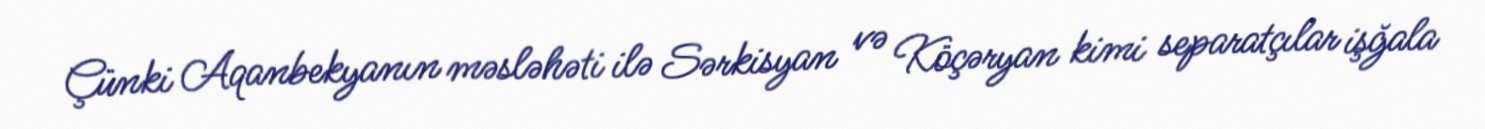
Çünki Aqanbekyanın məsləhəti ilə Sərkisyan və Köçəryan kimi separatçılar işğala